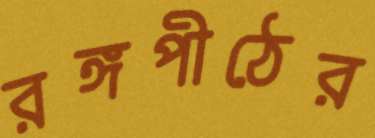
রঙ্গপীঠের